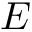
E